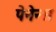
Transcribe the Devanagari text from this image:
पेनेन्स